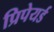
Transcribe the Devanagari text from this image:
प्रिपेयर्ड